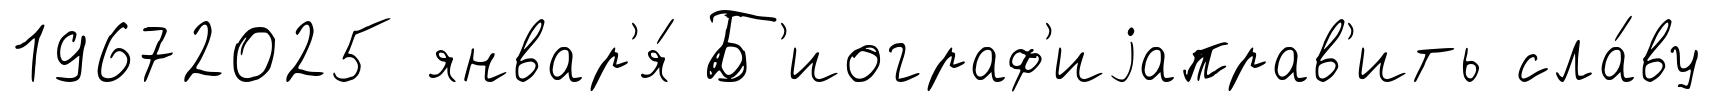
19672025 январ'я́ Б'иограф'иjаправ'ить сла́ву